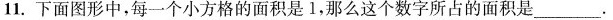
11.下面图形中，每一个小方格的面积是1，那么这个数字所占的面积是___